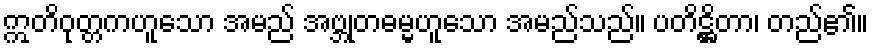
ဣတိဝုတ္တကဟူသော အမည် အဗ္ဘုတဓမ္မဟူသော အမည်သည်။ ပတိဋ္ဌိတာ၊ တည်၏။